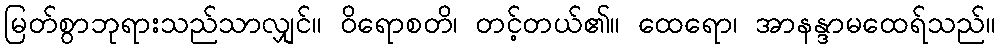
မြတ်စွာဘုရားသည်သာလျှင်။ ဝိရောစတိ၊ တင့်တယ်၏။ ထေရော၊ အာနန္ဒာမထေရ်သည်။